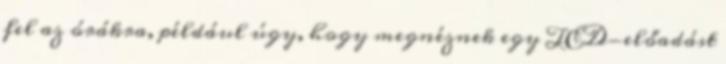
fel az órákra, például úgy, hogy megnéznek egy TED-előadást